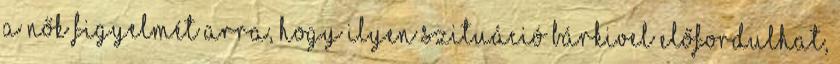
a nők figyelmét arra, hogy ilyen szituáció bárkivel előfordulhat,